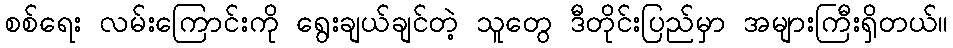
စစ်ရေး လမ်းကြောင်းကို ရွေးချယ်ချင်တဲ့ သူတွေ ဒီတိုင်းပြည်မှာ အများကြီးရှိတယ်။